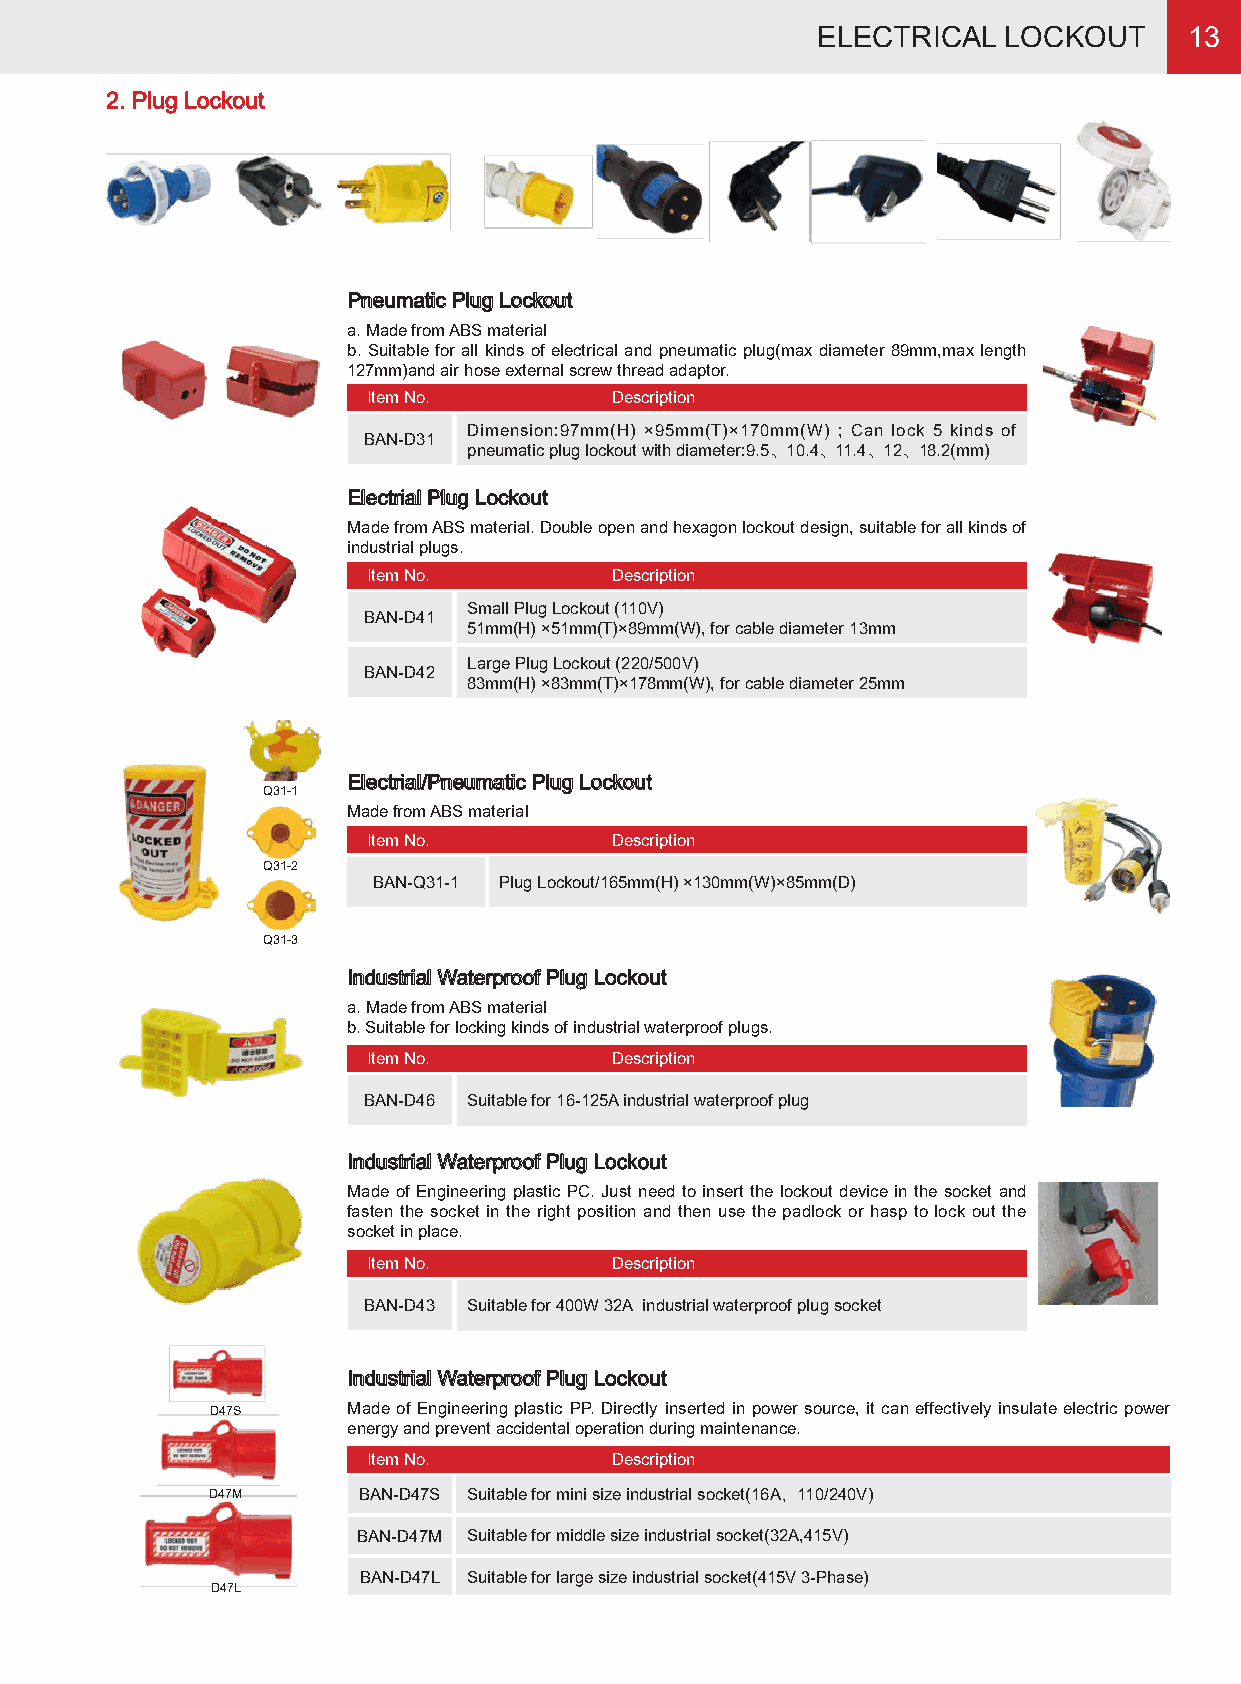
ELECTRICAL  LOCKOUT      13
 2. Plug Lockout
 Pneumatic Plug Lockout
 a. Made from ABS material
 b. Suitable for all kinds of electrical and pneumatic plug(max diameter 89mm,max length
 127mm)and air hose external screw thread adaptor.
 Item No.        Description
 Dimension:97mm(H) ×95mm(T)×170mm(W) ; Can lock 5 kinds of
 BAN-D31
 pneumatic plug lockout with diameter:9.5、10.4、11.4、12、18.2(mm)
 Electrial Plug Lockout
 Made from ABS material. Double open and hexagon lockout design, suitable for all kinds of
 industrial plugs.
 Item No.        Description
 Small Plug Lockout (110V)
 BAN-D41
 51mm(H) ×51mm(T)×89mm(W), for cable diameter 13mm
 Large Plug Lockout (220/500V)
 BAN-D42
 83mm(H) ×83mm(T)×178mm(W), for cable diameter 25mm
 Electrial/Pneumatic Plug Lockout
 Q31-1
 Made from ABS material
 Item No.        Description
 Q31-2
 BAN-Q31-1 Plug Lockout/165mm(H) ×130mm(W)×85mm(D)
 Q31-3
 Industrial Waterproof Plug Lockout
 a. Made from ABS material
 b. Suitable for locking kinds of industrial waterproof plugs.
 Item No.        Description
 BAN-D46 Suitable for 16-125A industrial waterproof plug
 Industrial Waterproof Plug Lockout
 Made of Engineering plastic PC. Just need to insert the lockout device in the socket and
 fasten the socket in the right position and then use the padlock or hasp to lock out the
 socket in place.
 Item No.        Description
 BAN-D43 Suitable for 400W 32A industrial waterproof plug socket
 Industrial Waterproof Plug Lockout
 D47S     Made of Engineering plastic PP. Directly inserted in power source, it can effectively insulate electric power
 energy and prevent accidental operation during maintenance.
 Item No.        Description
 D47M      BAN-D47S Suitable for mini size industrial socket(16A，110/240V)
 BAN-D47M Suitable for middle size industrial socket(32A,415V)
 BAN-D47L Suitable for large size industrial socket(415V 3-Phase)
 D47L